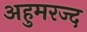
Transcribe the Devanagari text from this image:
अहुमरज्द